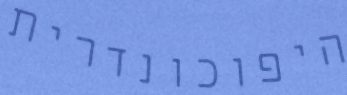
היפוכונדרית